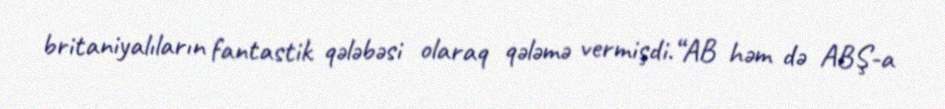
britaniyalıların fantastik qələbəsi olaraq qələmə vermişdi.“AB həm də ABŞ-a